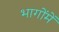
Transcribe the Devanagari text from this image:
भागोंमें